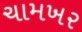
ચામખર